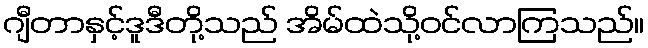
ဂျီတာနှင့်ဒူဒီတို့သည် အိမ်ထဲသို့ဝင်လာကြသည်။